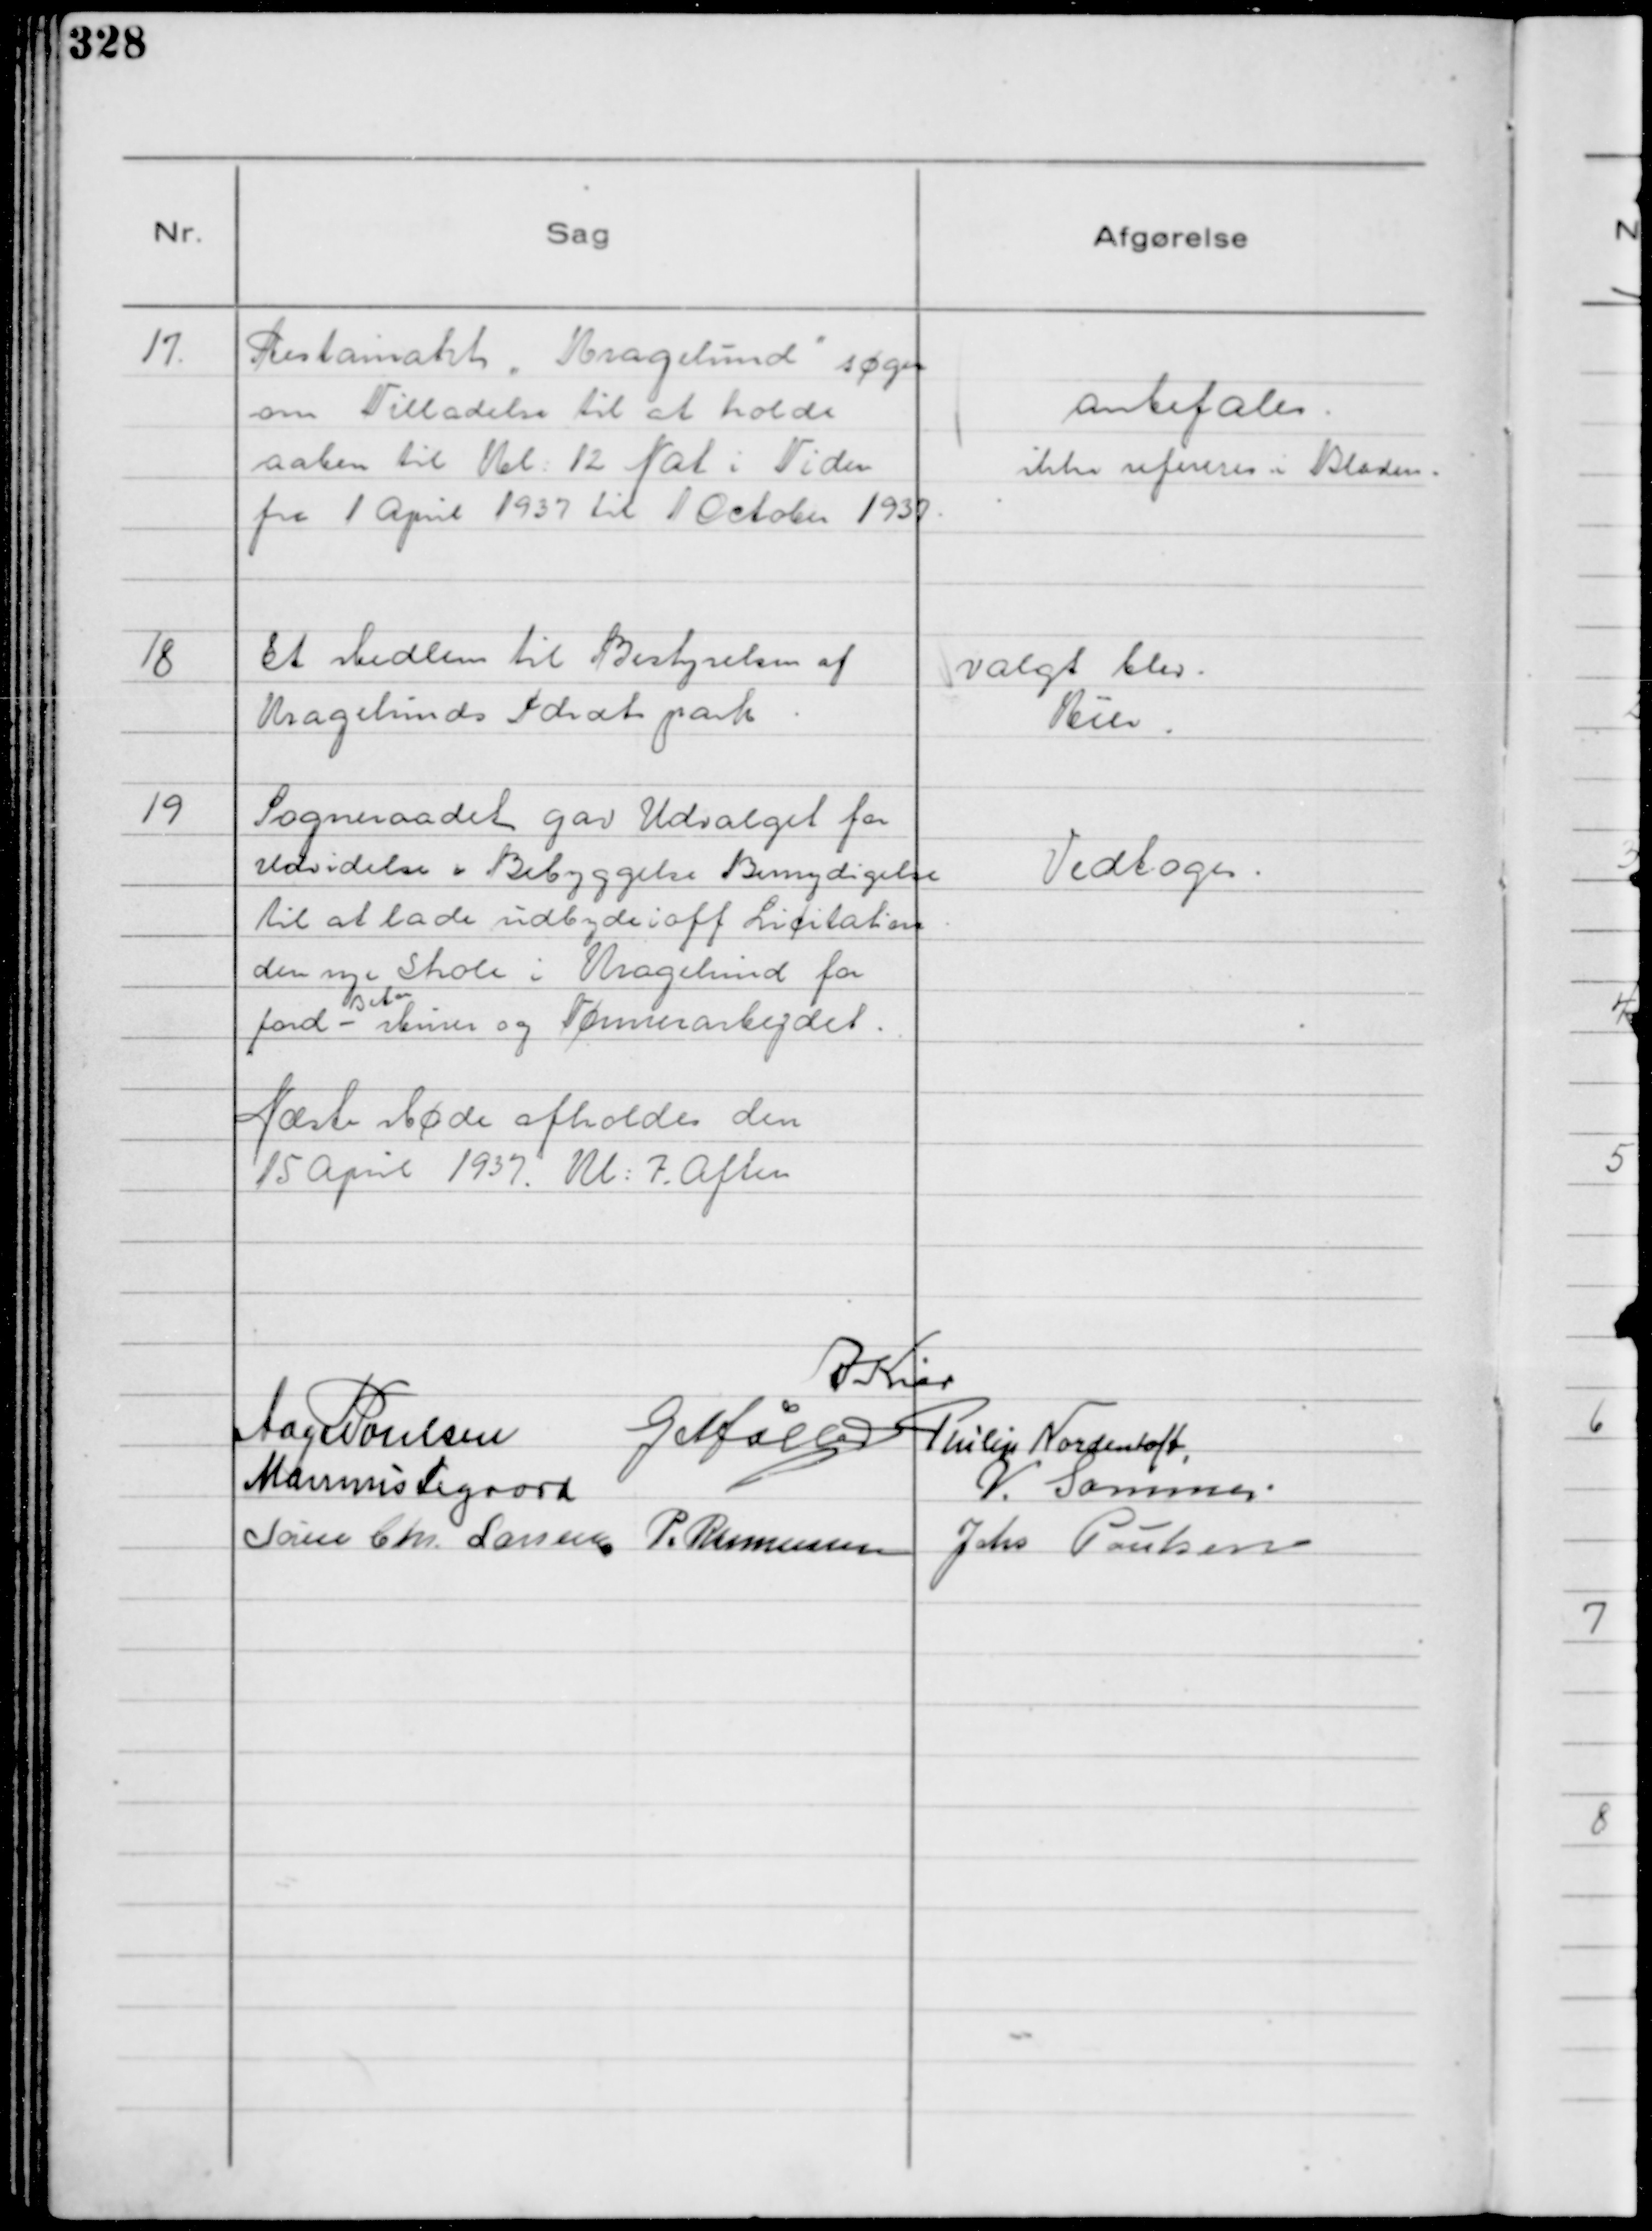
Transskription:
17.
Restaurant "Kragelund"

søger
om Tilladelse til at holde
aaben til Kl 12 Nat i Tiden
fra 1 April 1937 til 1 October 1937.

anbetales.
ikke refereres i Bladen.

18
Et Medlem til Bestyrelsen af
Kragelunds Idrætspark

valgt blev.
Kier.

19
Sogneraadet gav Udvalget for
Udvidelse & Bebyggelse Bemyndigelse
til at lade udbyde i off Licitation
den nye Skole i Kragelund for
Jord -
Beton
Murer og Tømrerarbejdet.

Vedtoges.

Næste Møde afholdes den
15 April 1937. Kl: 7. Aften

A Kier
Aage Poulsen
G Møller
Philip Nordentoft
Marinus Sigaard
V. Sommer.
Søren Chr. Larsen
P. Rasmussen
Johs Poulsen